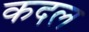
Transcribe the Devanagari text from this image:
कदल